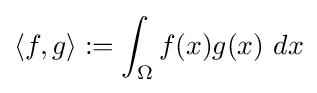
\langle f,g\rangle :=\int _{\Omega }f(x)g(x)\ dx